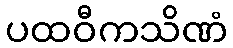
ပထဝီကသိဏံ